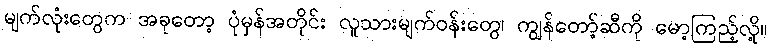
မျက်လုံးတွေက အခုတော့ ပုံမှန်အတိုင်း လူသားမျက်ဝန်းတွေ၊ ကျွန်တော့်ဆီကို မော့ကြည့်လို့။